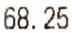
68.25